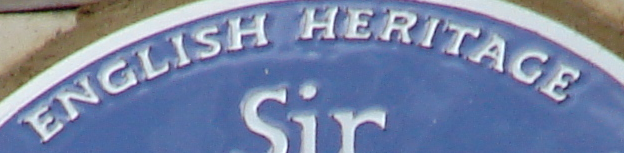
ENGLISH HERITAGE